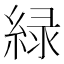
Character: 緑